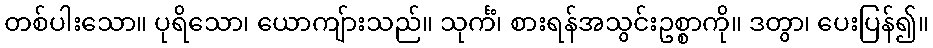
တစ်ပါးသော။ ပုရိသော၊ ယောကျ်ားသည်။ သုင်္ကံ၊ စားရန်အသွင်းဥစ္စာကို။ ဒတွာ၊ ပေးပြန်၍။